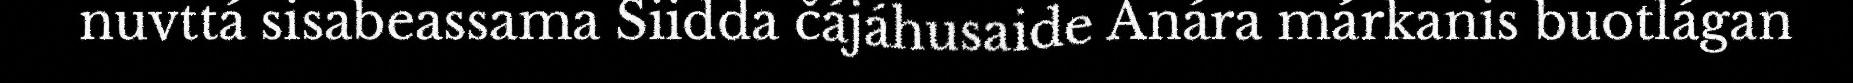
nuvttá sisabeassama Siidda čájáhusaide Anára márkanis buotlágan